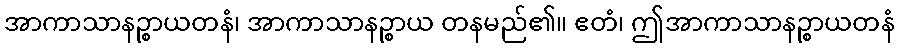
အာကာသာနဉ္စာယတနံ၊ အာကာသာနဉ္စာယ တနမည်၏။ ဧတံ၊ ဤအာကာသာနဉ္စာယတနံ